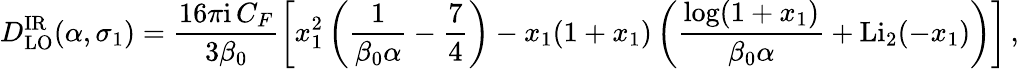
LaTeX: D_{\mathrm{LO}}^{\mathrm{IR}}(\alpha,\sigma_{1})=\frac{16\pi\mathrm{i}\, C_{F}}{3\beta_{0}}\left[x_{1}^{2}\left(\frac{1}{\beta_{0}\alpha}-\frac{7}{4}\right)-x_{1}(1+x_{1})\left(\frac{\log(1+x_{1})}{\beta_{0}\alpha}+\mathrm{Li}_{2}(-x_{1})\right)\right]\, ,